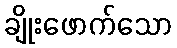
ချိုးဖောက်သော